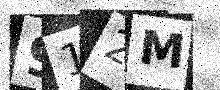
Text: 912M